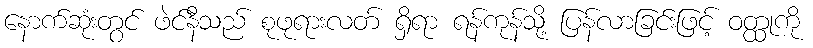
နောက်ဆုံးတွင် ဖဲင်နီသည် စုဖုရားလတ် ရှိရာ ရန်ကုန်သို့ ပြန်လာခြင်းဖြင့် ဝတ္ထုကို